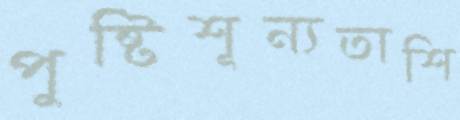
পুষ্টিশূন্যতাশি